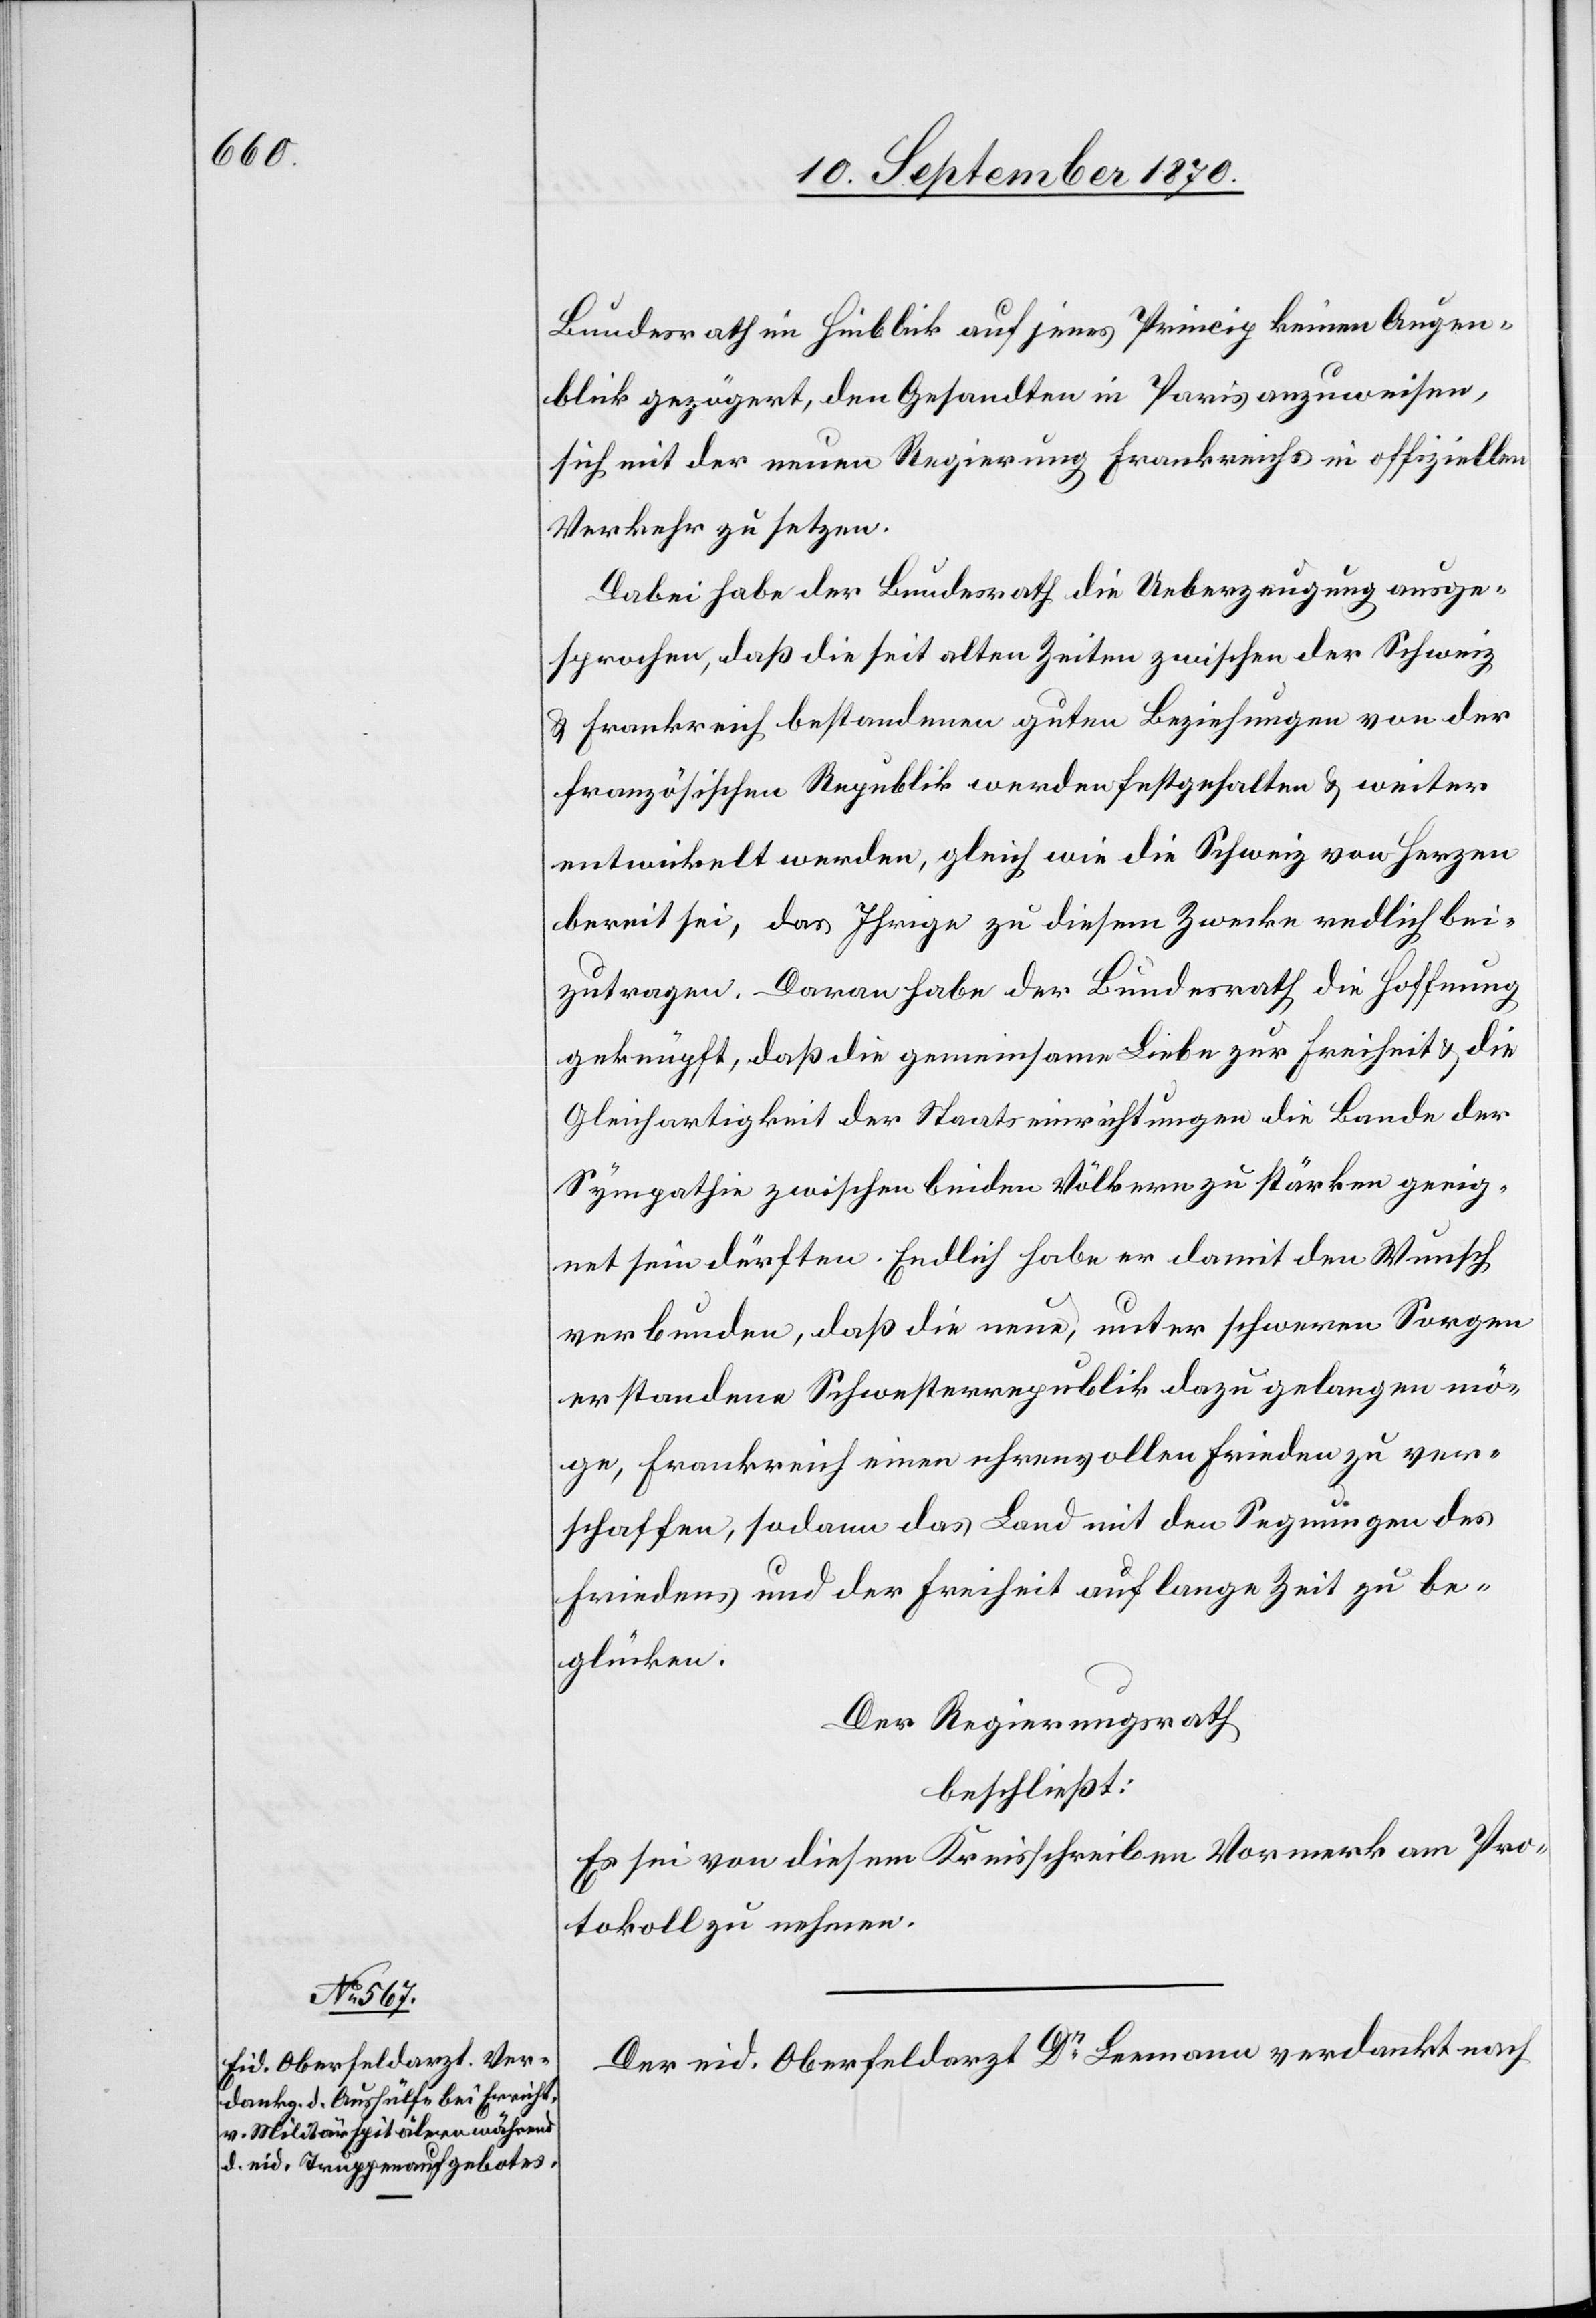
Bundesrath im Hinblick auf jenes Princip keinen Augen¬
blick gezögert, den Gesandten in Paris anzuweisen,
sich mit der neuen Regierung Frankreichs in offiziellen
Verkehr zu setzen.
Dabei habe der Bundesrath die Ueberzeugung ausge¬
sprochen, daß die seit alten Zeiten zwischen der Schweiz
& Frankreich bestandenen guten Beziehungen von der
französischen Republik werden festgehalten & weiter
entwickelt werden [sic!], gleich wie die Schweiz von Herzen
bereit sei, das Ihrige zu diesem Zwecke redlich bei¬
zutragen. Daran habe der Bundesrath die Hoffnung
geknüpft, daß die gemeinsame Liebe zur Freiheit & die
Gleichartigkeit der Staatseinrichtungen die Bande der
Sympathie zwischen beiden Völkern zu stärken geeig¬
net sein dürften. Endlich habe er damit den Wunsch
verbunden, daß die neue, unter schweren Sorgen
erstandene Schwesterrepublik dazu gelangen mö¬
ge, Frankreich einen ehrenvollen Frieden zu ver¬
schaffen, sodann das Land mit den Segnungen des
Friedens und der Freiheit auf lange Zeit zu be¬
glücken.
Der Regierungsrath
beschließt:
Es sei von diesem Kreisschreiben Vormerk am Pro¬
tokoll zu nehmen.
Der eid. Oberfeldarzt Dr Leemann verdankt nach